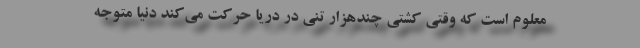
معلوم است که وقتی کشتی چندهزار تنی در دریا حرکت می‌کند دنیا متوجه